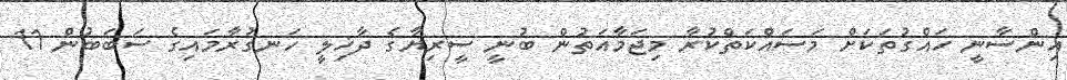
އިންސާނީ ހައްގުތަކަށް މަސައްކަތްކުރާ މިޖަމާއަތުން ބުނީ ސީރިޔާގެ ދާޚިލީ ހަނގުރާމައިގެ ސަބަބުން 11